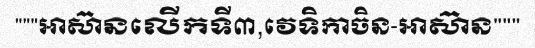
"""អាស៊ានលើកទី៣,វេទិកាចិន-អាស៊ាន"""